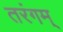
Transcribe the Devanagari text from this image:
तरंगम्